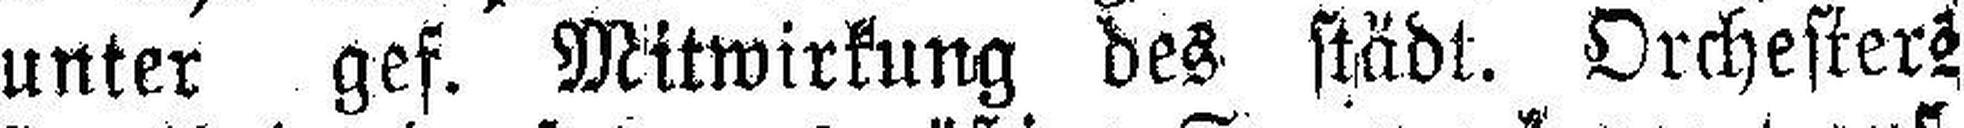
unter gef. Mitwirkung des städt. Orchester¬